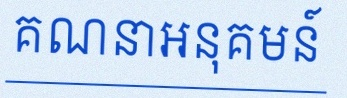
គណនាអនុគមន៍